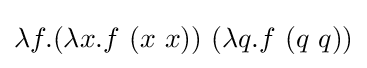
\lambda f.(\lambda x.f\ (x\ x))\ (\lambda q.f\ (q\ q))